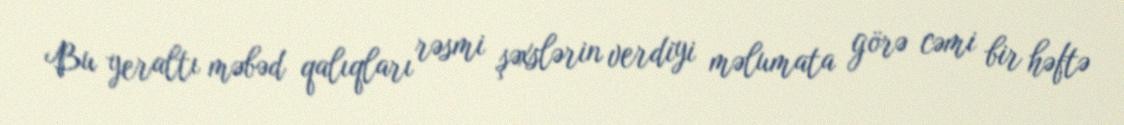
Bu yeraltı məbəd qalıqları rəsmi şəxslərin verdiyi məlumata görə cəmi bir həftə